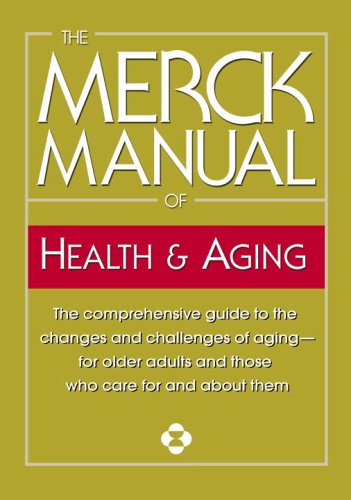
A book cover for The Merck Manual of Health & Aging: The comprehensive guide to the changes and challenges of aging-for older adults and those who care for and about them; Inc. Merck & Co.; Politics & Social Sciences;